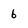
Character: 6